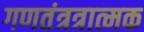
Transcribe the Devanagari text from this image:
गणतंत्रत्रात्मक